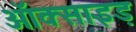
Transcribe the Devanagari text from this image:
ऑक्साइड़